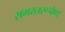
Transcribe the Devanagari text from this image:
समस्तरूपेण